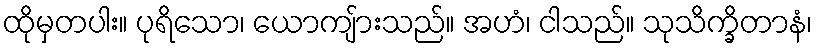
ထိုမှတပါး။ ပုရိသော၊ ယောကျ်ားသည်။ အဟံ၊ ငါသည်။ သုသိက္ခိတာနံ၊